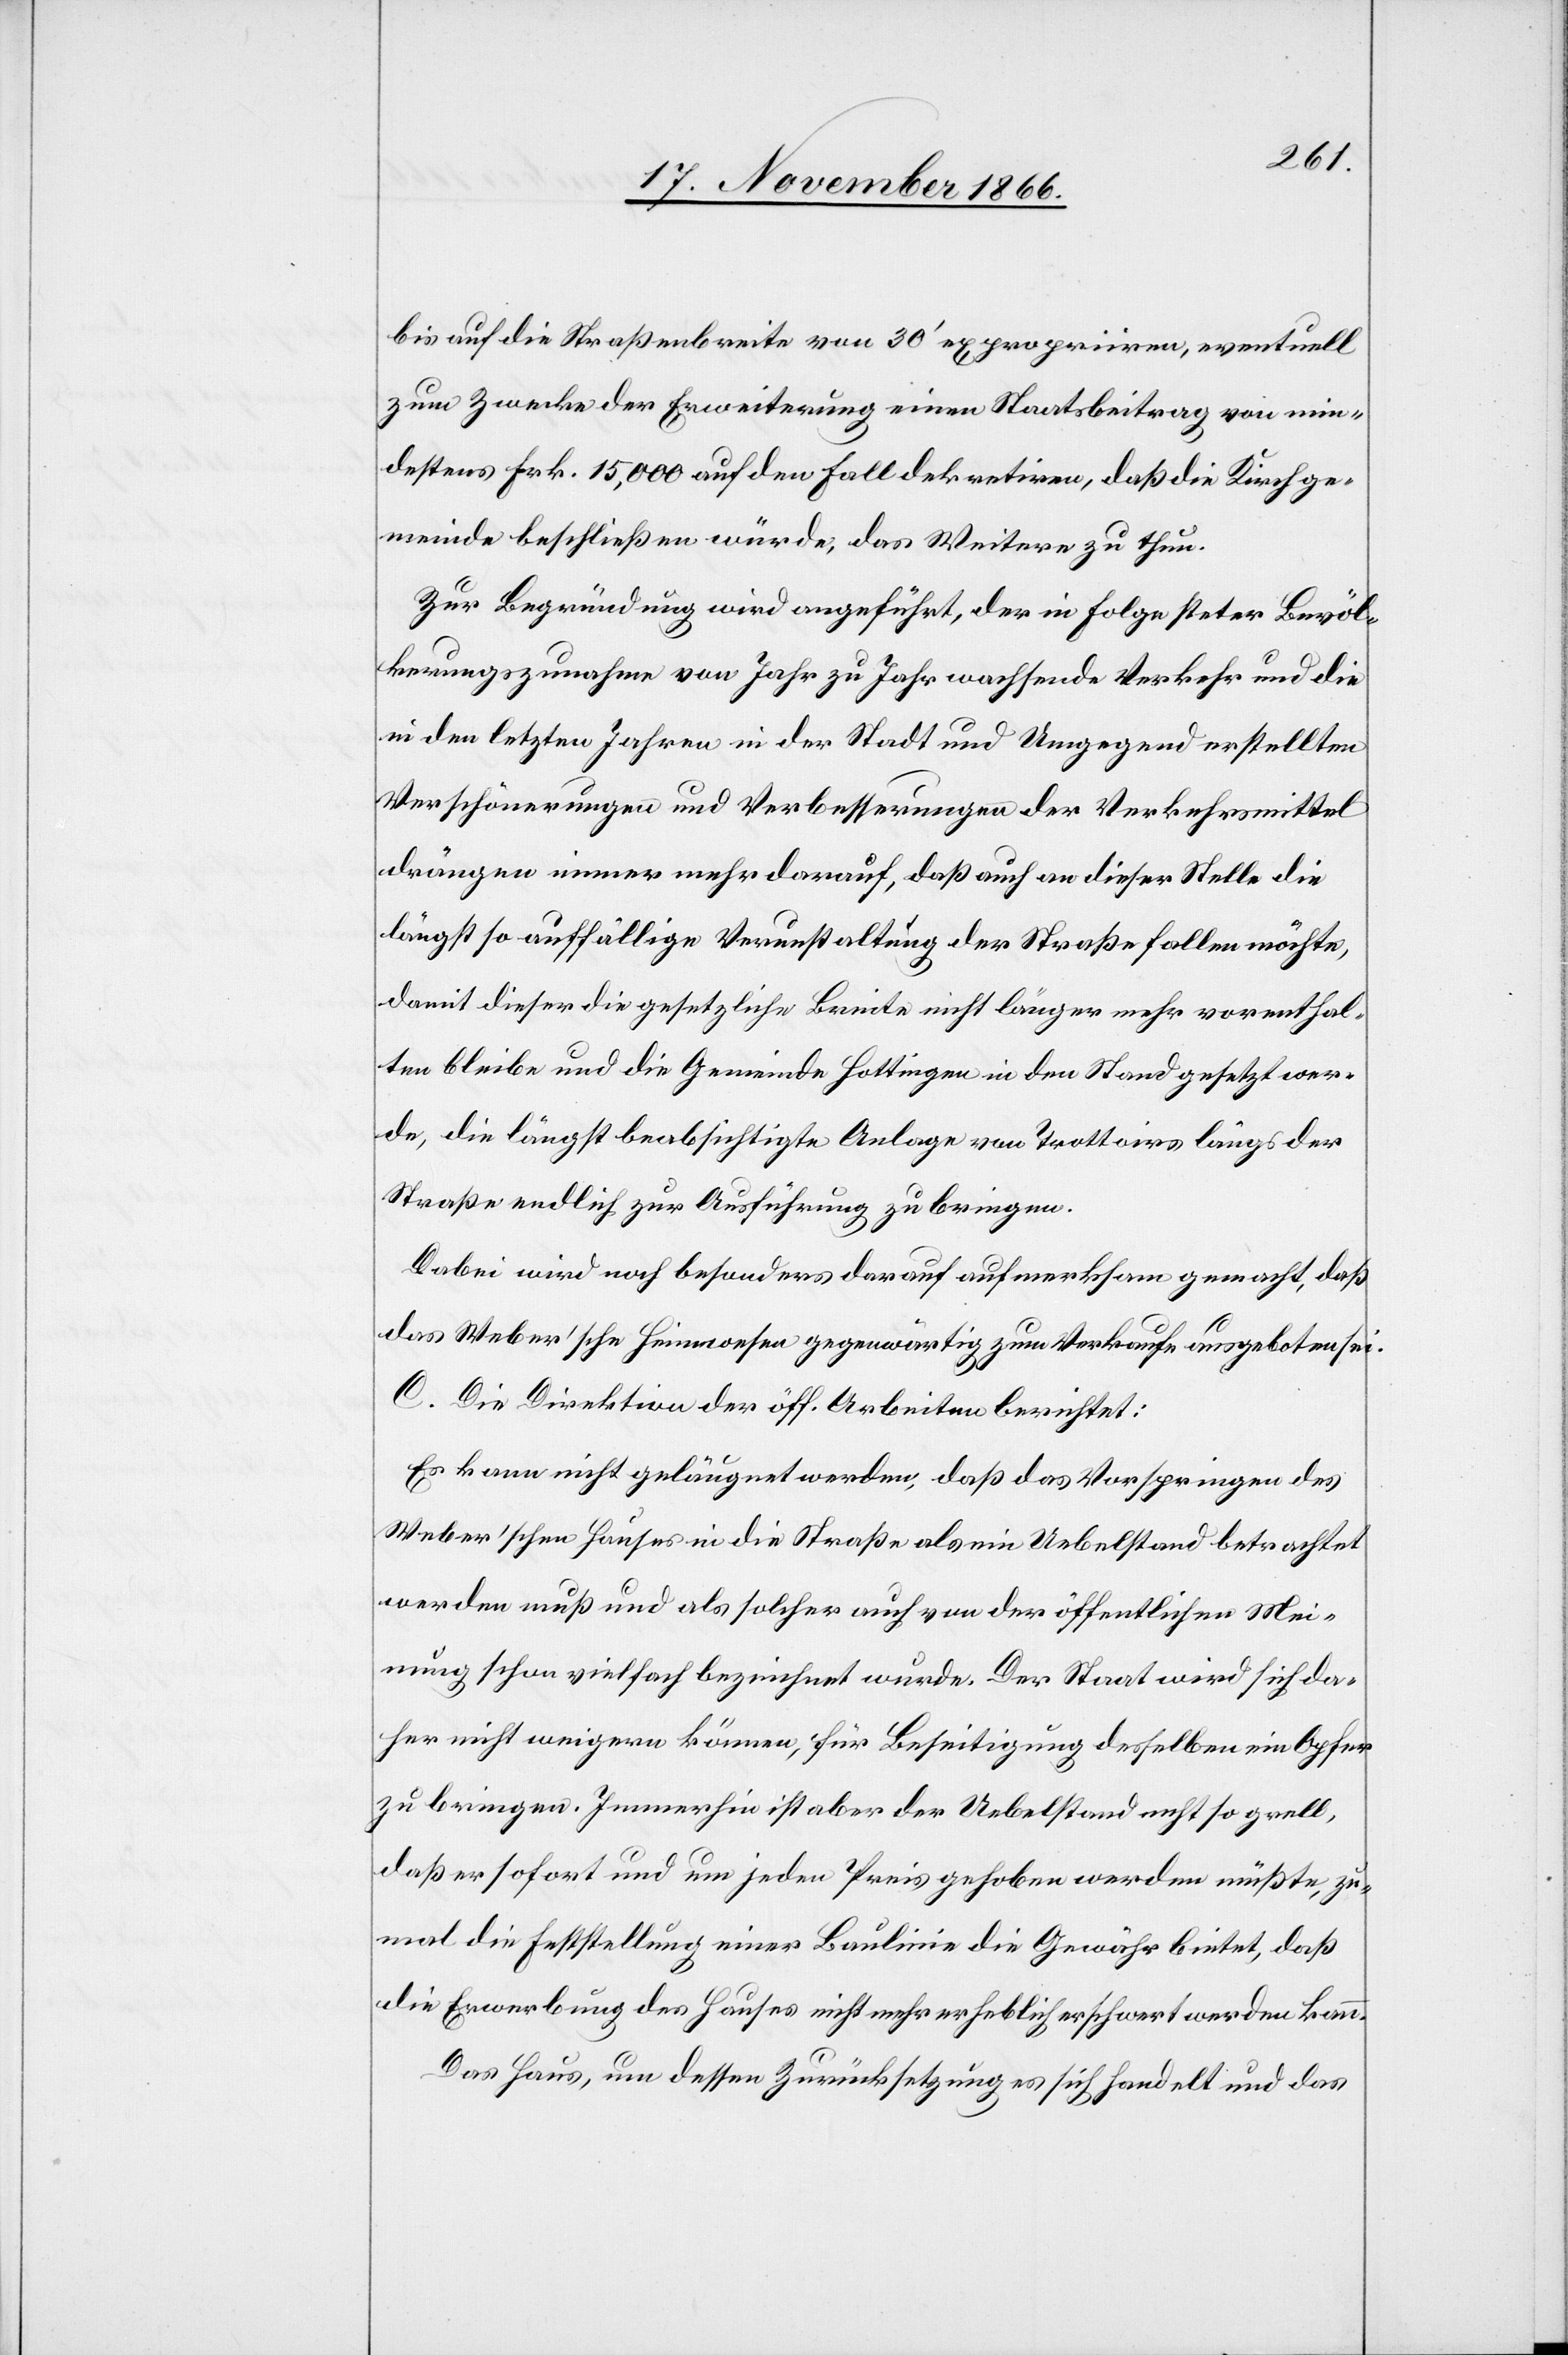
bis auf die Straßenbreite von 30‘ expropriiren, eventuell
zum Zwecke der Erweiterung einen Staatsbeitrag von min¬
destens Frk. 15 000 auf den Fall dekretiren, daß die Kirchge¬
meinde beschließen würde, das Weitere zu thun.
Zur Begründung wird angeführt, der in Folge steter Bevöl¬
kerungszunahme von Jahr zu Jahr wachsende Verkehr und die
in den letzten Jahren in der Stadt und Umgegend erstellten
Verschönerungen und Verbesserungen der Verkehrsmittel
drängen immer mehr darauf, daß auch an dieser Stelle die
längst so auffällige Verunstaltung der Straße fallen möchte,
damit dieser die gesetzliche Breite nicht länger mehr vorenthal¬
ten bleibe und die Gemeinde Hottingen in den Stand gesetzt wer¬
de, die längst beabsichtigte Anlage von Trottoirs längs der
Straße endlich zur Ausführung zu bringen.
Dabei wird noch besonders darauf aufmerksam gemacht, daß
das Weber’sche Heimwesen gegenwärtig zum Verkaufe ausgeboten sei.
C. Die Direktion der öff. Arbeiten berichtet:
Es kann nicht geläugnet werden, daß das Vorspringen des
Weber’schen Hauses in die Straße als ein Uebelstand betrachtet
werden muß und als solcher auch von der öffentlichen Mei¬
nung schon vielfach bezeichnet wurde. Der Staat wird sich da¬
her nicht weigern können, für Beseitigung desselben ein Opfer
zu bringen. Immerhin ist aber der Uebelstand nicht so grell,
daß er sofort und um jeden Preis gehoben werden müßte, zu¬
mal die Feststellung einer Baulinie die Gewähr bietet, daß
die Erwerbung des Hauses nicht mehr erheblich erschwert werden kann.
Das Haus, um dessen Zurücksetzung es sich handelt und das